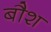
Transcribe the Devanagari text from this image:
बौश